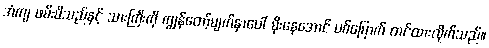
အံကျ ဖမ်းမိသည်နှင့် သားကြီးကို ကျွန်တော့်မျက်နှာပေါ် မိုးနေအောင် ပစ်မြောက် တင်ထားလိုက်သည်။